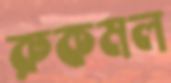
রুকমল